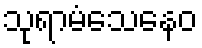
သုရာမံသေနေဝ